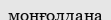
монғолдана